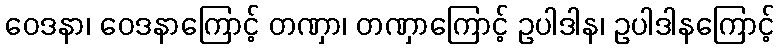
ဝေဒနာ၊ ဝေဒနာကြောင့် တဏှာ၊ တဏှာကြောင့် ဥပါဒါန၊ ဥပါဒါနကြောင့်